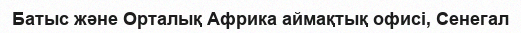
Батыс және Орталық Африка аймақтық офисі, Сенегал